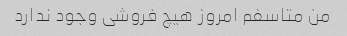
من متاسفم امروز هیچ فروشی وجود ندارد